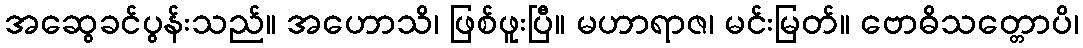
အဆွေခင်ပွန်းသည်။ အဟောသိ၊ ဖြစ်ဖူးပြီ။ မဟာရာဇ၊ မင်းမြတ်။ ဗောဓိသတ္တောပိ၊